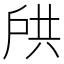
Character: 𫼌